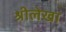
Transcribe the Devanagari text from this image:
श्रीलेखा